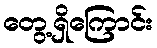
တွေ့ရှိကြောင်း